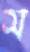
স